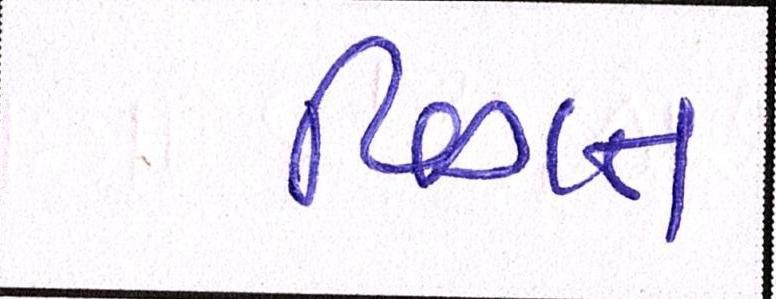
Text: વિગત